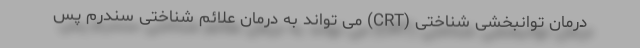
درمان توانبخشی شناختی (CRT) می تواند به درمان علائم شناختی سندرم پس